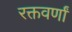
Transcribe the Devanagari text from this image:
रक्तवर्णां